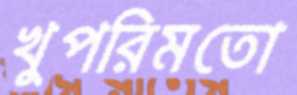
খুপরিমতো